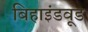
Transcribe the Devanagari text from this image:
बिहाइंडवूड